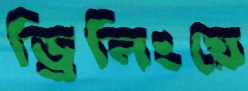
ড্রিলিংয়ে